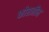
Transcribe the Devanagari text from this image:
फोस्जीन